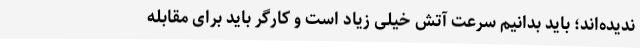
ندیده‌اند؛ باید بدانیم سرعت آتش خیلی زیاد است و کارگر باید برای مقابله